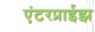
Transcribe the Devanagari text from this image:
एंटरप्राईझ